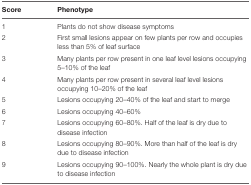
<table><thead><tr><td><b>Score</b></td><td><b>Phenotype</b></td></tr></thead><tbody><tr><td>1</td><td>Plants do not show disease symptoms</td></tr><tr><td>2</td><td>First small lesions appear on few plants per row and occupies less than 5% of leaf surface</td></tr><tr><td>3</td><td>Many plants per row present in one leaf level lesions occupying 5–10% of the leaf</td></tr><tr><td>4</td><td>Many plants per row present in several leaf level lesions occupying 10–20% of the leaf</td></tr><tr><td>5</td><td>Lesions occupying 20–40% of the leaf and start to merge</td></tr><tr><td>6</td><td>Lesions occupying 40–60%</td></tr><tr><td>7</td><td>Lesions occupying 60–80%. Half of the leaf is dry due to disease infection</td></tr><tr><td>8</td><td>Lesions occupying 80–90%. More than half of the leaf is dry due to disease infection</td></tr><tr><td>9</td><td>Lesions occupying 90–100%. Nearly the whole plant is dry due to disease infection</td></tr></tbody></table>